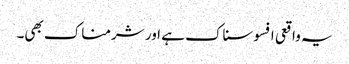
یہ واقعی افسوسناک ہے اور شرمناک بھی۔